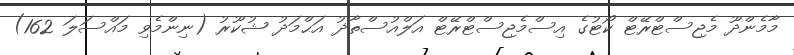
މާމެންދޫ މެޖިސްޓްރޭޓް ކޯޓުގެ އިސްމެޖިސްޓްރޭޓް އަލްއުސްތާޛު އަޙްމަދު ޝުކޫރު (ނިންމެވި މައްސަލަ 162)